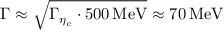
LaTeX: \Gamma \approx \sqrt { \Gamma _ { \eta _ { c } } \cdot 5 0 0 \, \mathrm { M e V } } \approx 7 0 \, \mathrm { M e V }